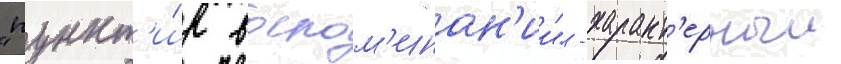
"пункт'и́р воспом'инан'ии" - характ'ерныи